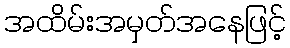
အထိမ်းအမှတ်အနေဖြင့်